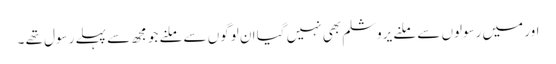
اور میں رسولوں سے ملنے یروشلم بھی نہیں گیا ان لوگوں سے ملنے جو مجھ سے پہلے رسول تھے ۔